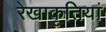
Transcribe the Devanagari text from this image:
रेखाकृतियां